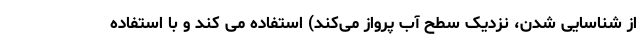
از شناسایی شدن، نزدیک سطح آب پرواز می‌کند) استفاده می کند و با استفاده